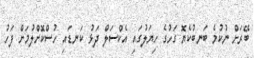
ބޭރަށް ނުކުމެ ބަނބުކެޔޮ ގަހުގެ ހިޔަލުގައި އެކްސަލް ދަޅު ކަނޑައި ހުސްކޮށްލުމަށް ފަހު